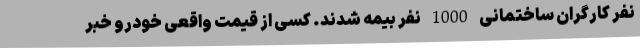
نفر کارگران ساختمانی 1000 نفر بیمه شدند. کسی از قیمت واقعی خودرو خبر